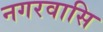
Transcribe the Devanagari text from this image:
नगरवासि